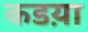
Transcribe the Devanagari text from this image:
कडय़ा